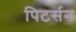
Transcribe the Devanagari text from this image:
पिटर्सन